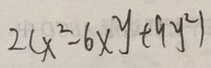
2 ( x ^ { 2 } - 6 x y + 9 y ^ { 2 } )